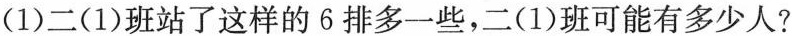
(1)二(1)班站了这样的6排多一些，二(1)班可能有多少人?